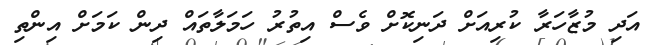
އަދި މުޒާހަރާ ކުރިއަށް ދަނިކޮށް ވެސް އިތުރު ހަމަލާތައް ދިން ކަމަށް އިންތި